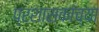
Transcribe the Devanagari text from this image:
प्रशासकांच्या